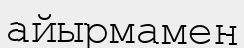
айырмамен